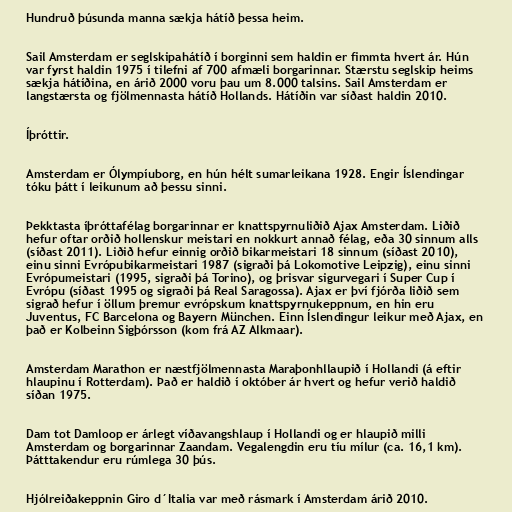
Hundruð þúsunda manna sækja hátíð þessa heim.

Sail Amsterdam er seglskipahátíð í borginni sem haldin er fimmta hvert ár. Hún
var fyrst haldin 1975 í tilefni af 700 afmæli borgarinnar. Stærstu seglskip heims
sækja hátíðina, en árið 2000 voru þau um 8.000 talsins. Sail Amsterdam er
langstærsta og fjölmennasta hátíð Hollands. Hátíðin var síðast haldin 2010.

Íþróttir.

Amsterdam er Ólympíuborg, en hún hélt sumarleikana 1928. Engir Íslendingar
tóku þátt í leikunum að þessu sinni.

Þekktasta íþróttafélag borgarinnar er knattspyrnuliðið Ajax Amsterdam. Liðið
hefur oftar orðið hollenskur meistari en nokkurt annað félag, eða 30 sinnum alls
(síðast 2011). Liðið hefur einnig orðið bikarmeistari 18 sinnum (síðast 2010),
einu sinni Evrópubikarmeistari 1987 (sigraði þá Lokomotive Leipzig), einu sinni
Evrópumeistari (1995, sigraði þá Torino), og þrisvar sigurvegari í Super Cup í
Evrópu (síðast 1995 og sigraði þá Real Saragossa). Ajax er því fjórða liðið sem
sigrað hefur í öllum þremur evrópskum knattspyrnukeppnum, en hin eru
Juventus, FC Barcelona og Bayern München. Einn Íslendingur leikur með Ajax, en
það er Kolbeinn Sigþórsson (kom frá AZ Alkmaar).

Amsterdam Marathon er næstfjölmennasta Maraþonhllaupið í Hollandi (á eftir
hlaupinu í Rotterdam). Það er haldið í október ár hvert og hefur verið haldið
síðan 1975.

Dam tot Damloop er árlegt víðavangshlaup í Hollandi og er hlaupið milli
Amsterdam og borgarinnar Zaandam. Vegalengdin eru tíu mílur (ca. 16,1 km).
Þátttakendur eru rúmlega 30 þús.

Hjólreiðakeppnin Giro d´Italia var með rásmark í Amsterdam árið 2010.